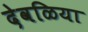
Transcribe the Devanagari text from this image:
देवळिया